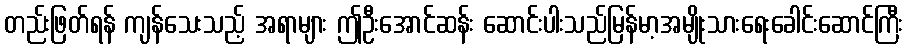
တည်းဖြတ်ရန် ကျန်သေးသည့် အရာများ ဤဦးအောင်ဆန်း ဆောင်းပါးသည်မြန်မာ့အမျိုးသားရေးခေါင်းဆောင်ကြီး